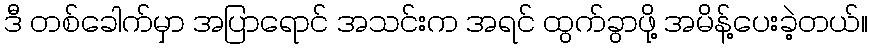
ဒီ တစ်ခေါက်မှာ အပြာရောင် အသင်းက အရင် ထွက်ခွာဖို့ အမိန့်ပေးခဲ့တယ်။